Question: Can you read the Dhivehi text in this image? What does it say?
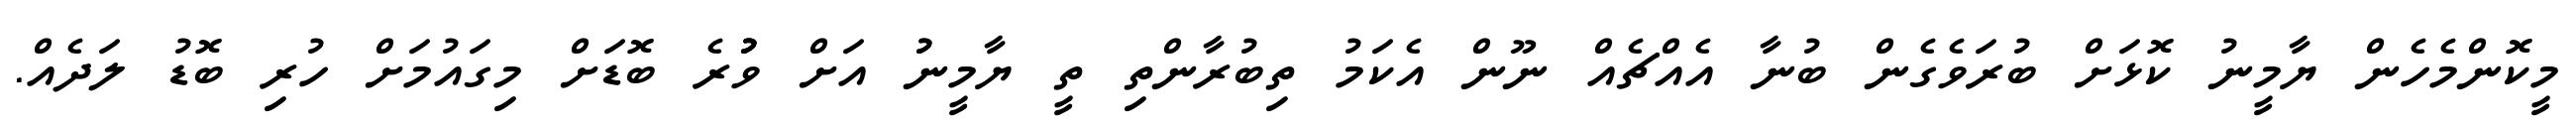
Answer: މީކޮންމެހެން ޔާމީނު ކޮޅަށް ބުރަވެގެން ބުނާ އެއްޗެއް ނޫން އެކަމު ތިބުރާންތި ތީ ޔާމީނުު އަށް ވުުުރެ ބޮޑަށް މިގައުމަށް ހުރި ބޮޑު ލަދެއް.